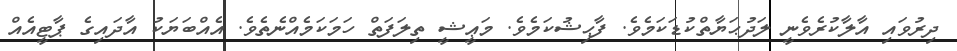
ދިރުވައި އާލާކުރެވެނީ ލަދުޙަޔާތްކުޑަކަމެވެ. ފާޙިޝުކަމެވެ. މަޢީޝީ ތިލަފަތް ހަމަކަމެއްނެތެވެ. އެއްބަޔަކު އާދައިގެ ޕާޓީއެއް